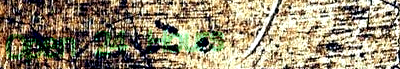
Open 24 Hours